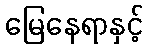
မြေနေရာနှင့်